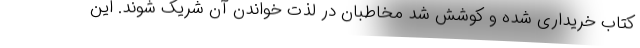
کتاب خریداری شده و کوشش شد مخاطبان در لذت خواندن آن شریک شوند. این